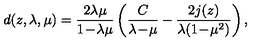
d ( z , \lambda , \mu ) = { \frac { 2 \lambda \mu } { 1 \! - \! \lambda \mu } } \left( { \frac { C } { \lambda \! - \! \mu } } - { \frac { 2 j ( z ) } { \lambda ( 1 \! - \! \mu ^ { 2 } ) } } \right) ,